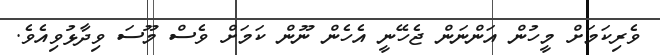
ވެރިކަމަށް މީހުން އަންނަން ޖެހޭނީ އެހެން ނޫން ކަމަށް ވެސް މޫސަ ވިދާޅުވިއެވެ.